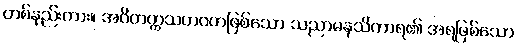
တစ်နည်းကား။ အဝိတက္ကသဟဂတဖြစ်သော သညာမနသိကာရ၏ အရဖြစ်သော